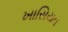
ખાસિયત